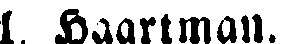
A Haartman.